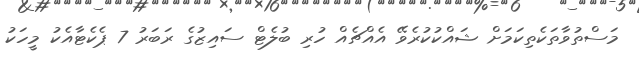
މަސްތުވާތަކެތިކަމަށް ޝައްކުކުރެވޭ އެއްޗެއް ހުރި ބުލެޓް ސައިޒުގެ ރަބަރު 7 ޕެކެޓާއެކު މީހަކު